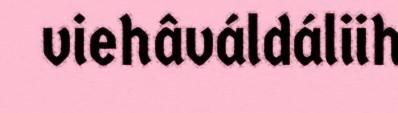
viehâváldáliih